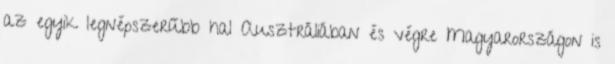
az egyik legnépszerűbb hal Ausztráliában és végre Magyarországon is